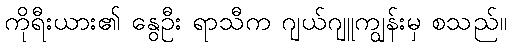
ကိုရီးယား၏ နွေဦး ရာသီက ဂျယ်ဂျူကျွန်းမှ စသည်။